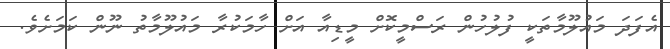
އެފަދަ މައުލޫމާތަކީ ފުލުހުން ރަސްމީކޮށް މީޑިއާ އަށް ހާމަކުރާ މައުލޫމާތު ނޫން ކަމަށެވެ.